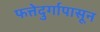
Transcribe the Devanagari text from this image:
फत्तेदुर्गापासून